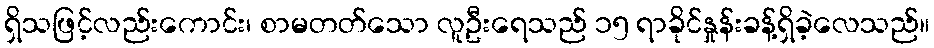
ရှိသဖြင့်လည်းကောင်း၊ စာမတတ်သော လူဦးရေသည် ၁၅ ရာခိုင်နှုန်းခန့်ရှိခဲ့လေသည်။